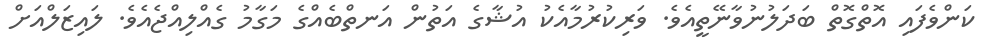
ކަންވެފައި އޮތްގޮތް ބަދަލުނުވާނޭތީއެވެ. ވަރިކުރުމާއެކު އުޝާގެ އަތުން އަނތްބެއްގެ މަގާމު ގެއްލިއްޖެއެވެ. ލައިޒަލްއަށް